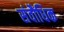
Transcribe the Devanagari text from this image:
संवौधिक